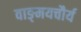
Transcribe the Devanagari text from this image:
वाङ्‌मयचौर्य